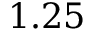
1 . 2 5